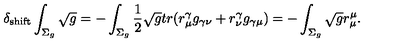
\delta _ { \mathrm { s h i f t } } \int _ { \Sigma _ { g } } \sqrt { g } = - \int _ { \Sigma _ { g } } \frac { 1 } { 2 } \sqrt { g } t r ( r _ { \mu } ^ { \gamma } g _ { \gamma \nu } + r _ { \nu } ^ { \gamma } g _ { \gamma \mu } ) = - \int _ { \Sigma _ { g } } \sqrt { g } r _ { \mu } ^ { \mu } .